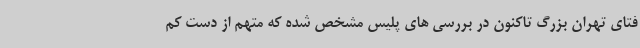
فتای تهران بزرگ تاکنون در بررسی های پلیس مشخص شده که متهم از دست کم